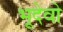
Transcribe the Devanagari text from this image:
भूदेवो